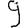
Digit: 9